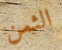
الثمن